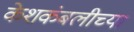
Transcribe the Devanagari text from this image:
केशकंबलीच्या